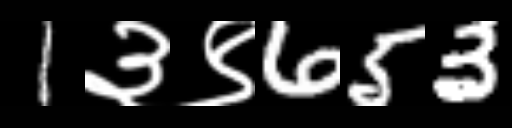
Text: 1३९653